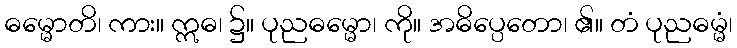
ဓမ္မောတိ၊ ကား။ ဣဓ၊ ၌။ ပုညဓမ္မော၊ ကို။ အဓိပ္ပေတော၊ ၏။ တံ ပုညဓမ္မံ၊